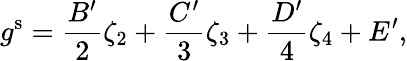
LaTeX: g^{\mathrm{s}}=\frac{B^{\prime}}{2}\zeta_{2}+\frac{C^{\prime}}{3}\zeta_{3}+\frac{D^{\prime}}{4}\zeta_{4}+E^{\prime},